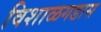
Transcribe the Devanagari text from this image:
विशाळगडास